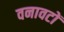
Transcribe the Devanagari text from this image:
वनावटों